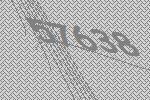
57638